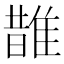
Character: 䧿